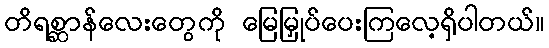
တိရစ္ဆာန်လေးတွေကို မြေမြှုပ်ပေးကြလေ့ရှိပါတယ်။